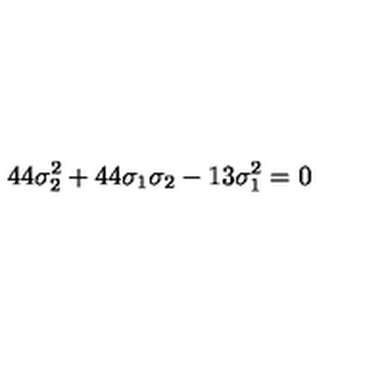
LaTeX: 4 4 \sigma _ { 2 } ^ { 2 } + 4 4 \sigma _ { 1 } \sigma _ { 2 } - 1 3 \sigma _ { 1 } ^ { 2 } = 0